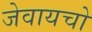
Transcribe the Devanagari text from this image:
जेवायचो